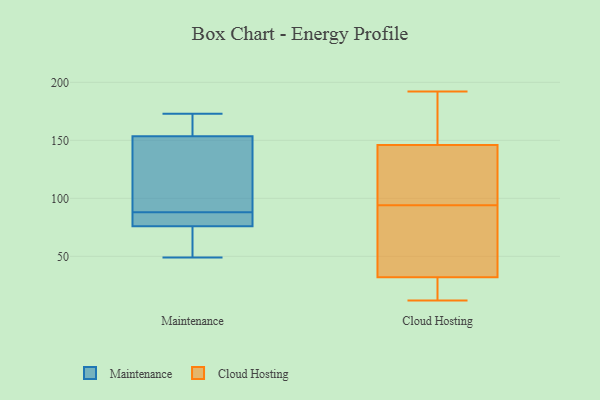
{"axis": {"x": "Population (Million)", "y": "Value"}, "legend": ["Cloud Hosting", "Maintenance"], "data": [{"x": "", "y": 49, "type": "Maintenance"}, {"x": "", "y": 152, "type": "Maintenance"}, {"x": "", "y": 58, "type": "Maintenance"}, {"x": "", "y": 173, "type": "Maintenance"}, {"x": "", "y": 114, "type": "Maintenance"}, {"x": "", "y": 143, "type": "Maintenance"}, {"x": "", "y": 173, "type": "Maintenance"}, {"x": "", "y": 53, "type": "Maintenance"}, {"x": "", "y": 79, "type": "Maintenance"}, {"x": "", "y": 84, "type": "Maintenance"}, {"x": "", "y": 158, "type": "Maintenance"}, {"x": "", "y": 88, "type": "Maintenance"}, {"x": "", "y": 117, "type": "Maintenance"}, {"x": "", "y": 67, "type": "Maintenance"}, {"x": "", "y": 81, "type": "Maintenance"}, {"x": "", "y": 172, "type": "Maintenance"}, {"x": "", "y": 84, "type": "Maintenance"}, {"x": "", "y": 170, "type": "Cloud Hosting"}, {"x": "", "y": 24, "type": "Cloud Hosting"}, {"x": "", "y": 94, "type": "Cloud Hosting"}, {"x": "", "y": 192, "type": "Cloud Hosting"}, {"x": "", "y": 43, "type": "Cloud Hosting"}, {"x": "", "y": 94, "type": "Cloud Hosting"}, {"x": "", "y": 79, "type": "Cloud Hosting"}, {"x": "", "y": 146, "type": "Cloud Hosting"}, {"x": "", "y": 32, "type": "Cloud Hosting"}, {"x": "", "y": 154, "type": "Cloud Hosting"}, {"x": "", "y": 139, "type": "Cloud Hosting"}, {"x": "", "y": 117, "type": "Cloud Hosting"}, {"x": "", "y": 19, "type": "Cloud Hosting"}, {"x": "", "y": 159, "type": "Cloud Hosting"}, {"x": "", "y": 12, "type": "Cloud Hosting"}, {"x": "", "y": 33, "type": "Cloud Hosting"}, {"x": "", "y": 13, "type": "Cloud Hosting"}, {"x": "", "y": 99, "type": "Cloud Hosting"}]}